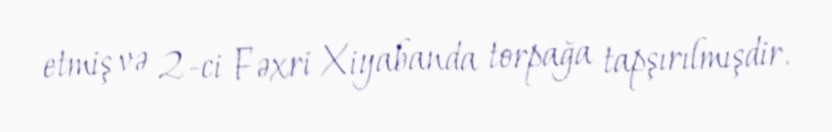
etmiş və 2-ci Fəxri Xiyabanda torpağa tapşırılmışdir.